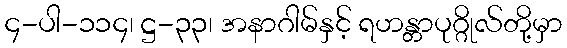
၄-ပါ-၁၁၄၊ ဋ္ဌ-၃၃၊ အနာဂါမ်နှင့် ရဟန္တာပုဂ္ဂိုလ်တို့မှာ